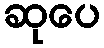
ဆုပေ